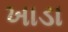
ખાડા